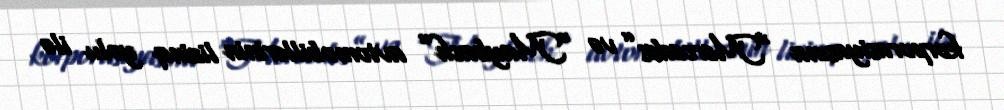
korporasiyasına “Mercedes” və “Maybach” avtomobillərinin lizinq yolu ilə